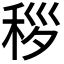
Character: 𬓩